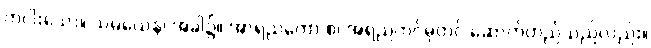
တပါးသော။ သမယေန၊ အခါ၌။ အာရညကော စ၊ အရညကင်ဓုတင် ဆောက်တည်သည်လည်း။